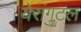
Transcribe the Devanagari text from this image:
येरांगुटल